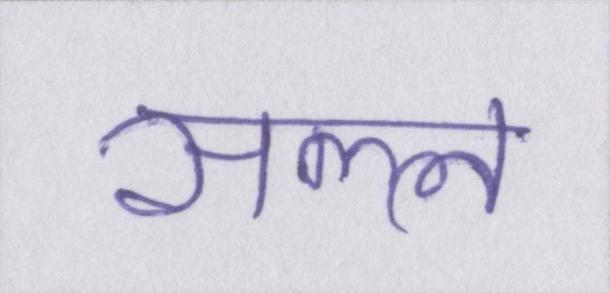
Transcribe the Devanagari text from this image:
सल्ल